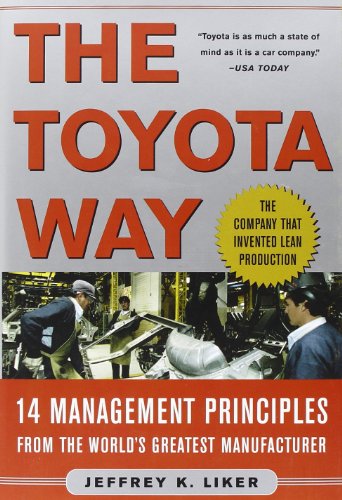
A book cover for The Toyota Way: 14 Management Principles from the World's Greatest Manufacturer; Jeffrey Liker; Business & Money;